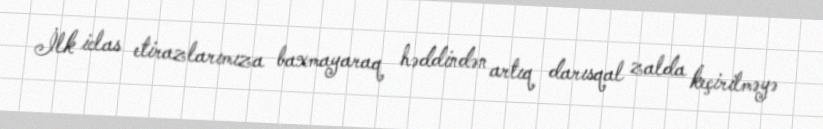
İlk iclas etirazlarımıza baxmayaraq həddindən artıq darısqal zalda keçirilməyə